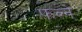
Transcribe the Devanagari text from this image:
फल्ने